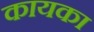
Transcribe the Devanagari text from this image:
कायका